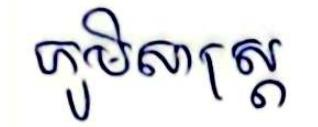
ភូមិសាស្ដ្រ